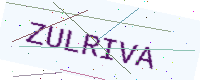
Text: ZULRIVA